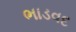
ભાડવદ